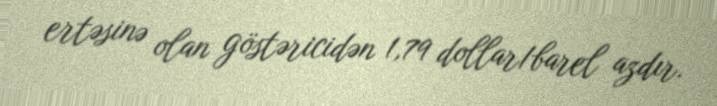
ertəsinə olan göstəricidən 1,79 dollar/barel azdır.